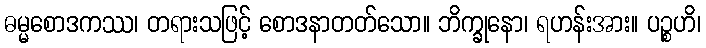
ဓမ္မစောဒကဿ၊ တရားသဖြင့် စောဒနာတတ်သော။ ဘိက္ခုနော၊ ရဟန်းအား။ ပဉ္စဟိ၊